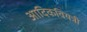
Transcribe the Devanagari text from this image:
आदिकवियत्री